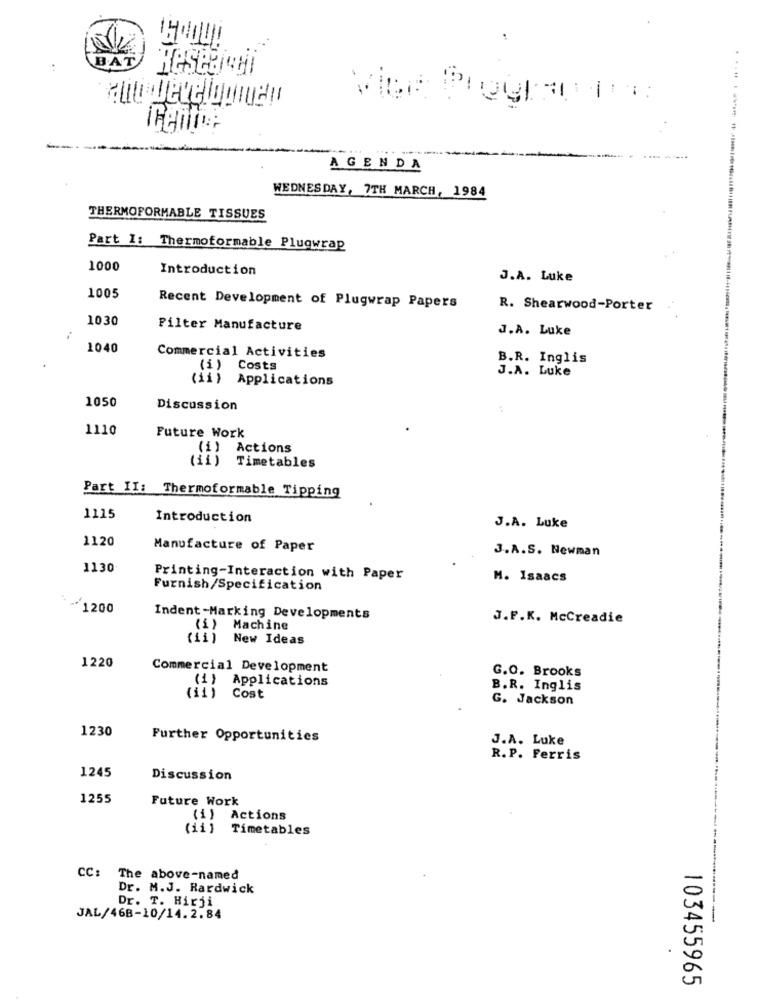
BAT
Kesedici
icentos
AGENDA
WEDNESDAY, 7TH MARCH, 1984
THERMOFORMABLE TISSUES
Part I: Thermoformable Plugwrap
1000
Introduction
J.A. Luke
1005
Recent Development of Plugwrap Papers
R. Shearwood-Porter
1030
Filter Manufacture
J.A. Luke
1040
Commercial Activities
B.R. Inglis
(1)
Costs
J.A. Luke
(ii) Applications
1050
Discussion
1110
Future Work
(i) Actions
(11)
Timetables
Part II: Thermoformable Tipping
1115
Introduction
J.A. Luke
1120
Manufacture of Paper
J.A.S. Newman
1130
Printing-Interaction with Paper
M. Isaacs
Furnish/Specification
1200
Indent -Marking Developments
J.F.K. McCreadie
(i) Machine
New Ideas
1220
Commercial Development
G.O. Brooks
(1) Applications
B.R. Inglis
(ii) Cost
G. Jackson
1230
Further Opportunities
J.A. Luke
R.P. Ferris
1245
Discussion
1255
Future Work
(1)
Actions
Timetables
CC:
The above-named
Dr. M.J. Rardwick
0
Dr. T. Hirji
JAL/46B-10/14.2.84
A
103455965